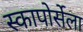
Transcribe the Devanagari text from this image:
स्कापोर्सेला